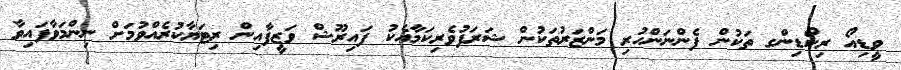
ވީޑިއޯ ރިކޯޑިންގ ތަކުން ފެންނަންހުރި މަންޒަރުތަކުން ޝަރަފުވެރިކަމާއެކު ފައިރޫޝް ވަޒީފާއިން ރިޓަޔާކުރެއްވުމަށް ނިންމަވާފައިވާ